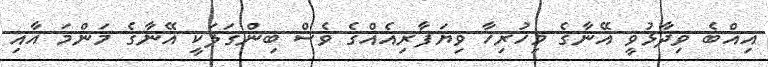
އިއްބެ ވިދާޅުވީ އޭނާގެ މިހުރިހާ ވިޔަފާރިއެއްގެ ވެސް ބިންގަލަކީ އޭނާގެ މަންމަ އާއި